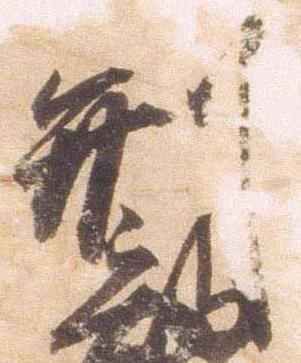
形